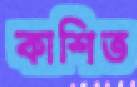
কাশিত